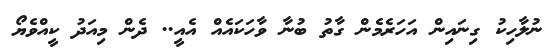
ނުލާހިކު ގިނައިން އަހަރެމެން ގާތު ބުނާ ވާހަކައެއް އެއީ.. ދެން މިއަދު ކީއްވެޔޯ